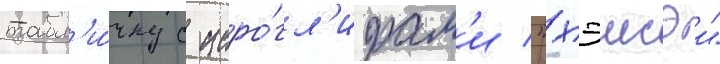
табл'и́чку с иеро́гл'ифам'и "хэисэи"